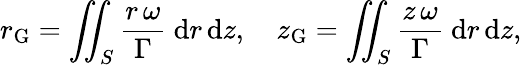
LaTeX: r_{\mathrm{G}}=\iint_{S}\frac{r\, \omega}{\Gamma}~\mathrm{d}r\, \mathrm{d}z,\quad z_{\mathrm{G}}=\iint_{S}\frac{z\, \omega}{\Gamma}~\mathrm{d}r\, \mathrm{d}z,